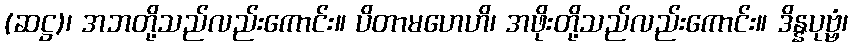
(ဆဋ္ဌ)၊ အဘတို့သည်လည်းကောင်း။ ပိတာမဟေဟိ၊ အဖိုးတို့သည်လည်းကောင်း။ ဒိန္နပုဗ္ဗံ၊